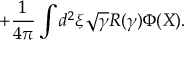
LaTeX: + \frac { 1 } { 4 \pi } \int d ^ { 2 } \xi \sqrt { \gamma } R ( \gamma ) \Phi ( X ) .